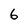
Character: 6